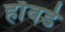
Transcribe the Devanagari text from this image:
हाॅवर्ड